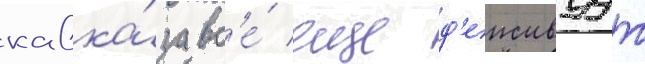
кавка́за вс'е́ еще д'еиствуут